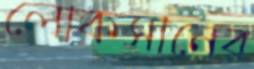
লোকসানের